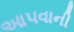
આ૫વાની